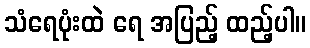
သံရေပုံးထဲ ရေ အပြည့် ထည့်ပါ။